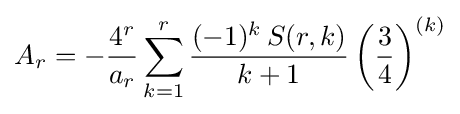
A_{r}=-{\frac {4^{r}}{a_{r}}}\sum _{k=1}^{r}{\frac {(-1)^{k}\,S(r,k)}{k+1}}\left({\frac {3}{4}}\right)^{(k)}